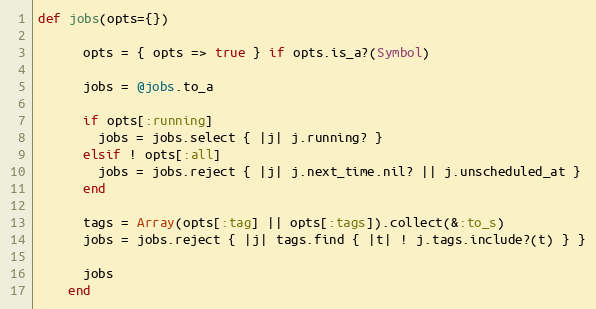
Language: Ruby
def jobs(opts={})

      opts = { opts => true } if opts.is_a?(Symbol)

      jobs = @jobs.to_a

      if opts[:running]
        jobs = jobs.select { |j| j.running? }
      elsif ! opts[:all]
        jobs = jobs.reject { |j| j.next_time.nil? || j.unscheduled_at }
      end

      tags = Array(opts[:tag] || opts[:tags]).collect(&:to_s)
      jobs = jobs.reject { |j| tags.find { |t| ! j.tags.include?(t) } }

      jobs
    end